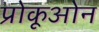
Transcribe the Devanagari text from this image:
प्रोकूओन